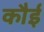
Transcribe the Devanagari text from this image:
कौई